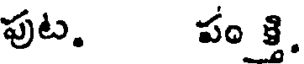
పుట. పం క్తి.